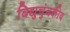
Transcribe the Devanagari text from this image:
विद्युचुंबकीय